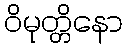
ဝိမုတ္တိနော